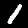
Digit: 1